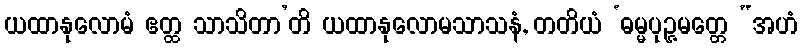
ယထာနုလောမံ ဧတ္ထ သာသိတာ’တိ ယထာနုလောမသာသနံ, တတိယံ ‘ဓမ္မပုဉ္ဇမတ္တေ “အဟံ